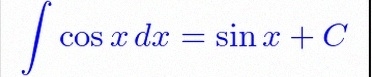
\int \cos x\,dx=\sin x+C